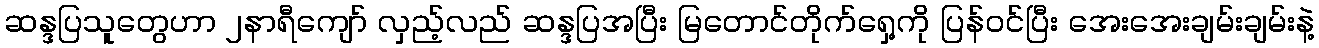
ဆန္ဒပြသူတွေဟာ ၂နာရီကျော် လှည့်လည် ဆန္ဒပြအပြီး မြတောင်တိုက်ရှေ့ကို ပြန်ဝင်ပြီး အေးအေးချမ်းချမ်းနဲ့